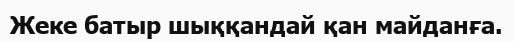
Жеке батыр шыққандай қан майданға.